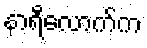
နာရီလောက်က